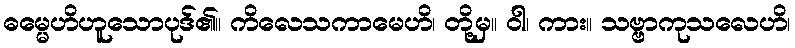
ဓမ္မေဟိဟူသောပုဒ်၏။ ကိလေသကာမေဟိ၊ တို့မှ။ ဝါ၊ ကား။ သဗ္ဗာကုသလေဟိ၊